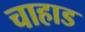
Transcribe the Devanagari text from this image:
चाहाड